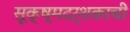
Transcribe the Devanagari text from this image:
सूक्ष्मदर्शकाची